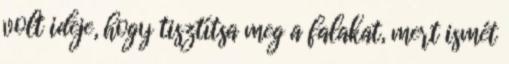
volt ideje, hogy tisztítsa meg a falakat, mert ismét